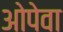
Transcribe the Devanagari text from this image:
ओपेवा